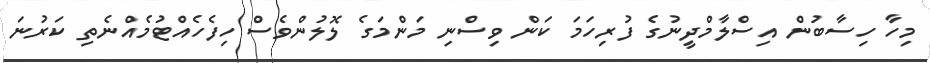
މިހާ ހިސާބުން އިސްލާމްދީނުގެ ފުރިހަމަ ކަން ވިސްނި މަންމަގެ ލޮލުންވެސް ހިފެހެއްޓުމެއްނެތި ކަރުނަ